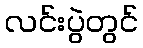
လင်းပွဲတွင်